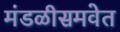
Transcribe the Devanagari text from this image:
मंडळीसमवेत